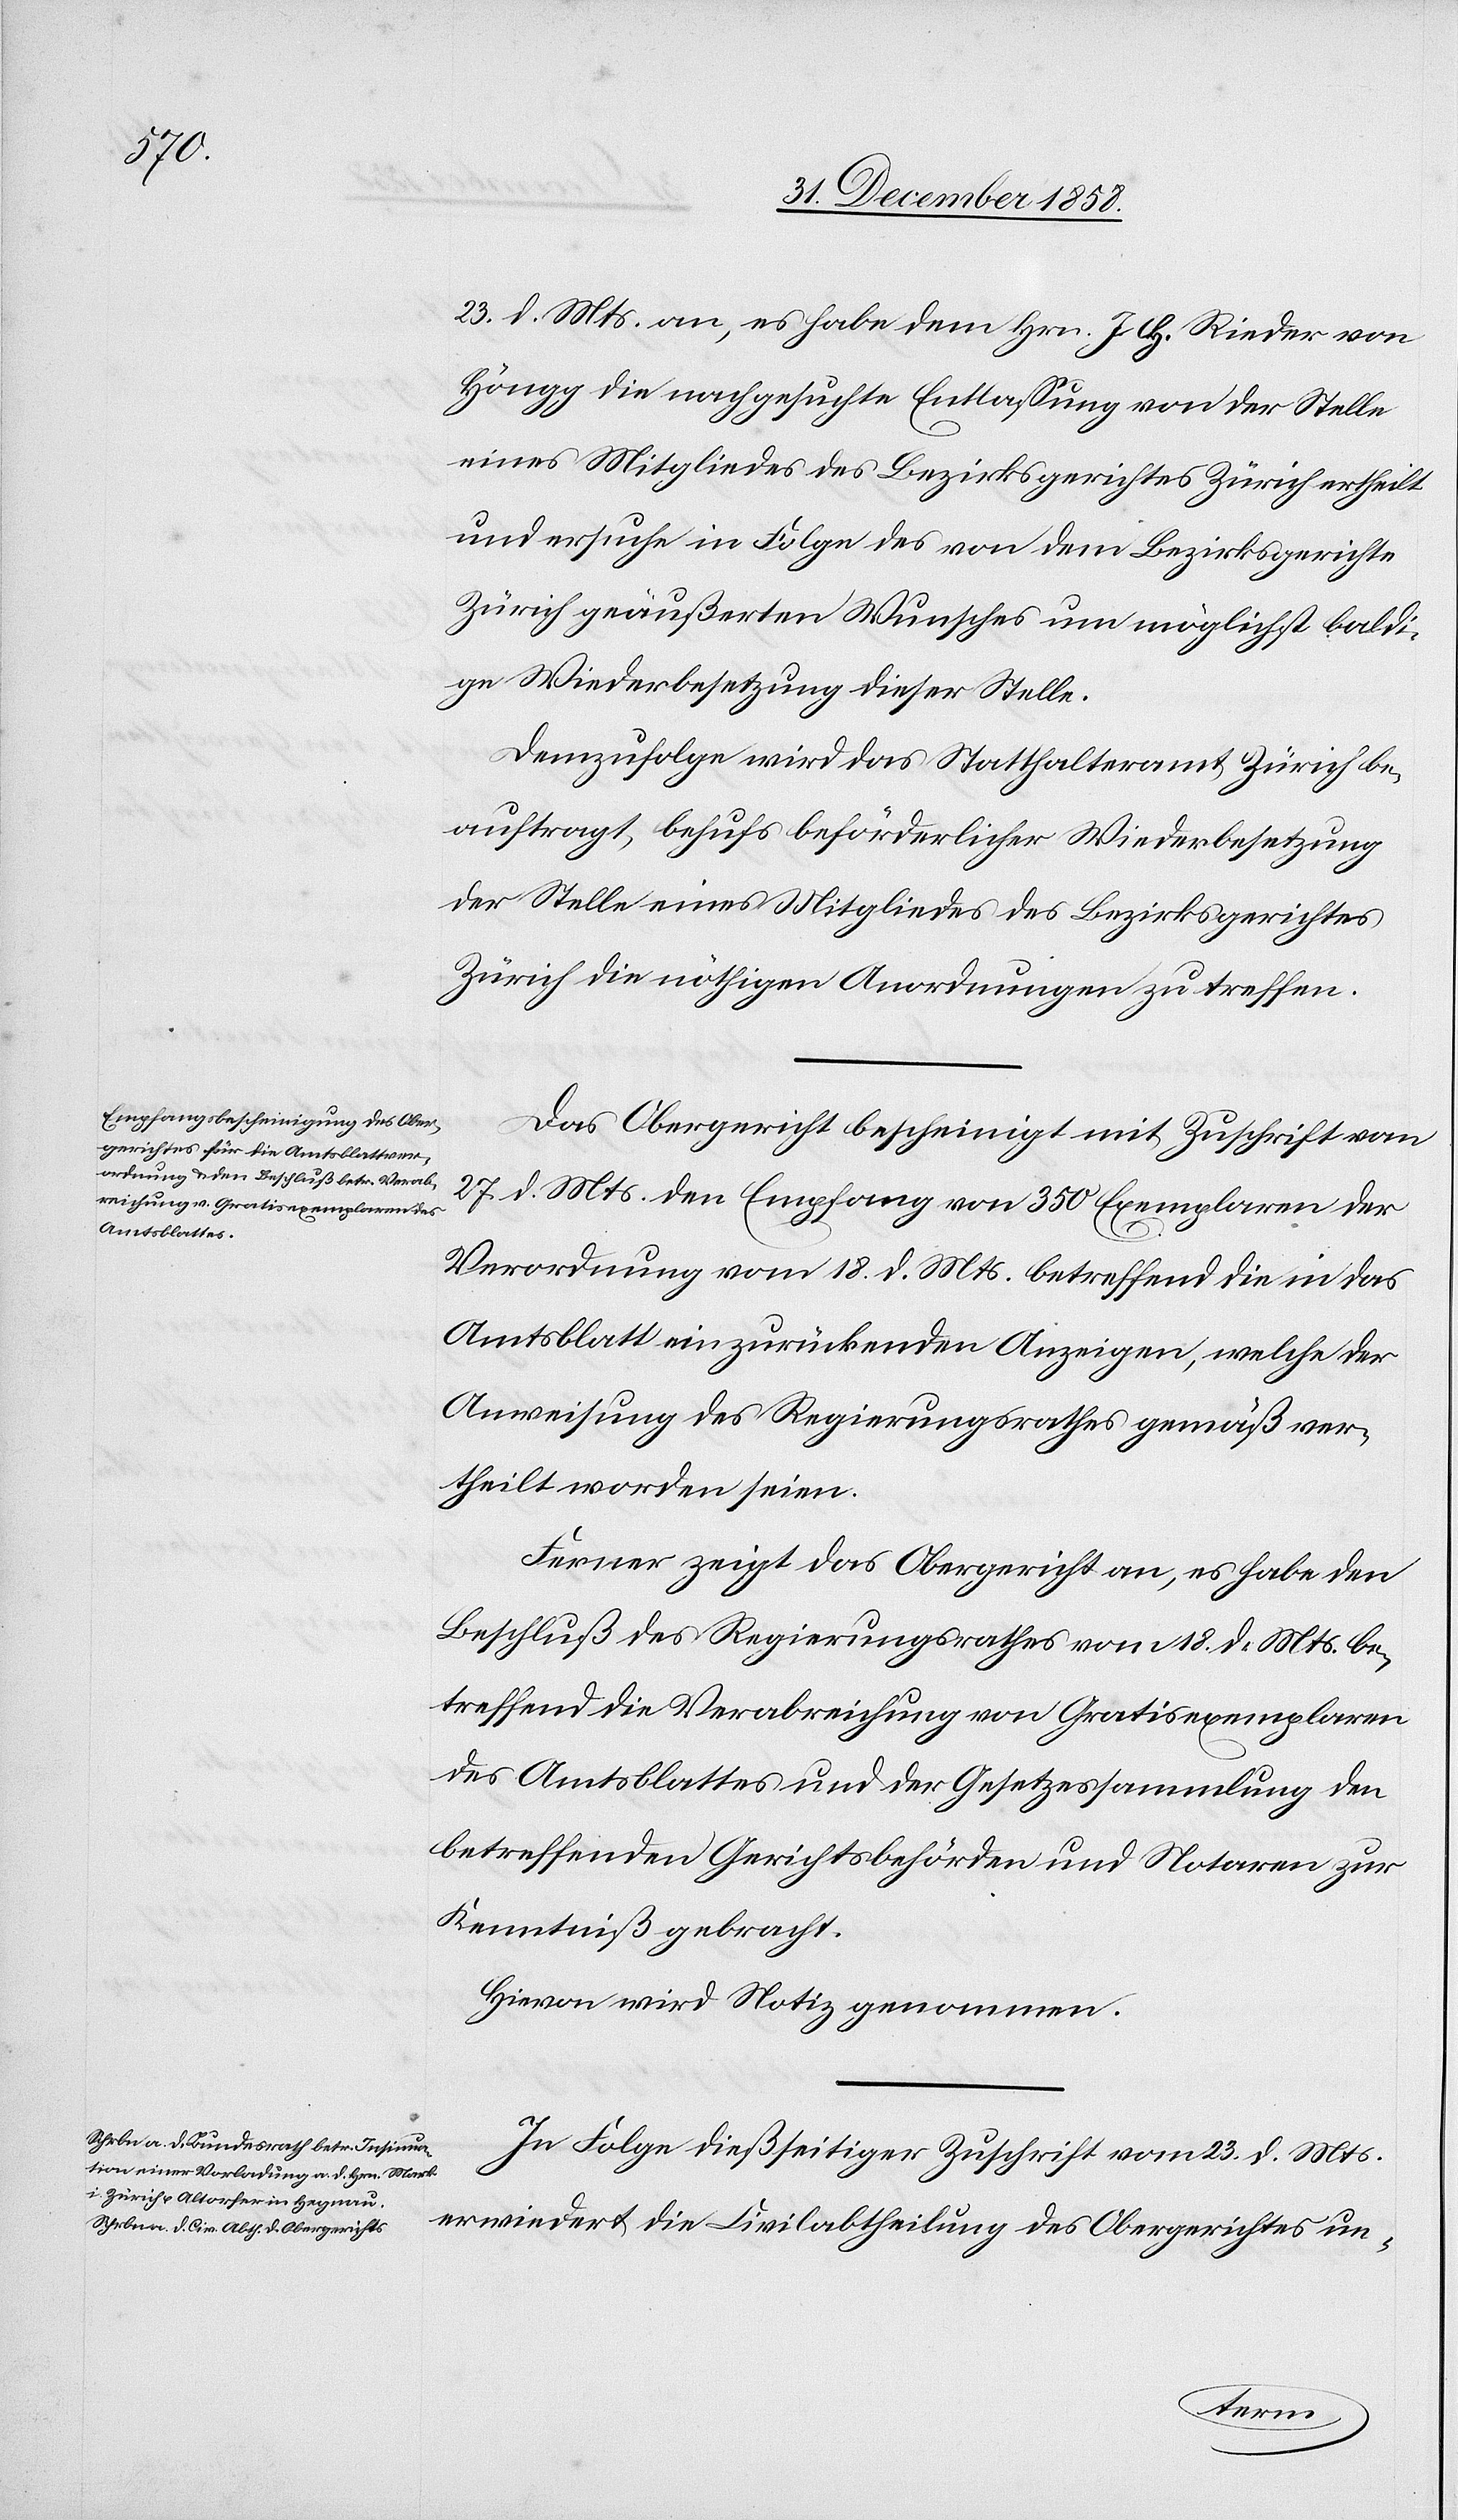
23. d. Mts. an, es habe dem Hrn. J. H. [sic!] Rieder von
Höngg die nachgesuchte Entlassung von der Stelle
eines Mitgliedes des Bezirksgerichtes Zürich ertheilt
und ersuche in Folge des von dem Bezirksgerichte
Zürich geäußerten Wunsches um möglichst baldi¬
ge Wiederbesetzung dieser Stelle.
Demzufolge wird das Statthalteramt Zürich be¬
auftragt, behufs beförderlicher Wiederbesetzung
der Stelle eines Mitgliedes des Bezirksgerichtes
Zürich die nöthigen Anordnungen zu treffen.
Das Obergericht bescheinigt mit Zuschrift vom
27. d. Mts. den Empfang von 350 Exemplaren der
Verordnung vom 18. d. Mts. betreffend die in das
Amtsblatt einzurückenden Anzeigen, welche der
Anweisung des Regierungsrathes gemäß ver¬
theilt worden seien.
Ferner zeigt das Obergericht an, es habe den
Beschluß des Regierungsrathes vom 18. d. Mts. be¬
treffend die Verabreichung von Gratisexemplaren
des Amtsblattes und der Gesetzessammlung den
betreffenden Gerichtsbehörden und Notaren zur
Kenntniß gebracht.
Hievon wird Notiz genommen.
In Folge dießseitiger Zuschrift vom 23. d. Mts.
erwiedert die Civilabtheilung des Obergerichtes un-